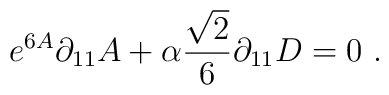
e^{6A}\partial_{11}A+\alpha{{\sqrt{2}}\over{6}}\partial_{11}D=0 \ .